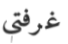
غرفتي